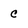
Character: c